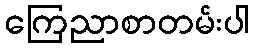
ကြေညာစာတမ်းပါ